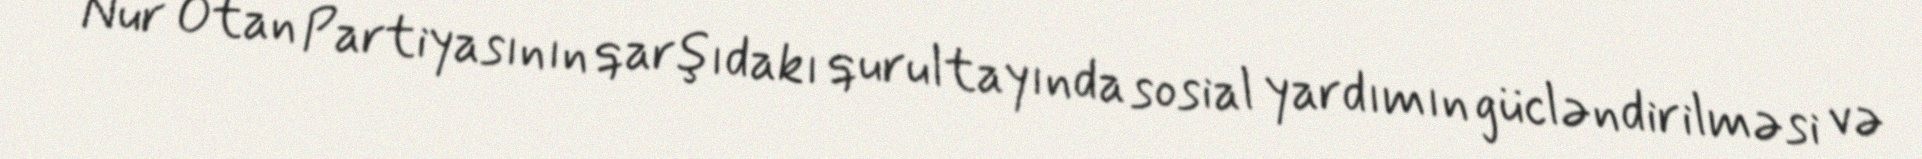
Nur Otan Partiyasının qarşıdakı qurultayında sosial yardımın gücləndirilməsi və